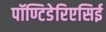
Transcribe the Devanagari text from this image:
पॉण्टिडेरिएसिई